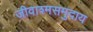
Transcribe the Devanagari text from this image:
जीवाश्मसमुदाय